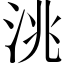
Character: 洮